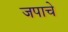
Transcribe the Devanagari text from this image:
जपाचे